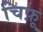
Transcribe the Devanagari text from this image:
चिफ़ू